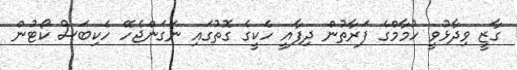
ގާޒީ ވިދާޅުވީ ހުމާމްގެ ފަރާތުން ދިފާއީ ހެކީގެ ގޮތުގައި ނަގަންޖެހޭ ހެކިބަސް ކޯޓުން